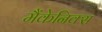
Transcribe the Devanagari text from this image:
मैंकेनिक्‍स